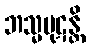
ဘသ္မပုဋန္တိ